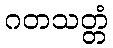
ဂတသတ္တံ